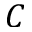
C